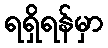
ရရှိရန်မှာ